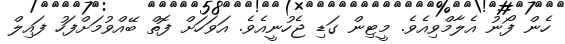
ހެން ފޯނު އެލާމްވިއެވެ. މީޓިން ގަޑި ޖެހުނީއެވެ. އަވަހަށް ފޮތް ބޭއްވުމަށްފަހު ފައިލް